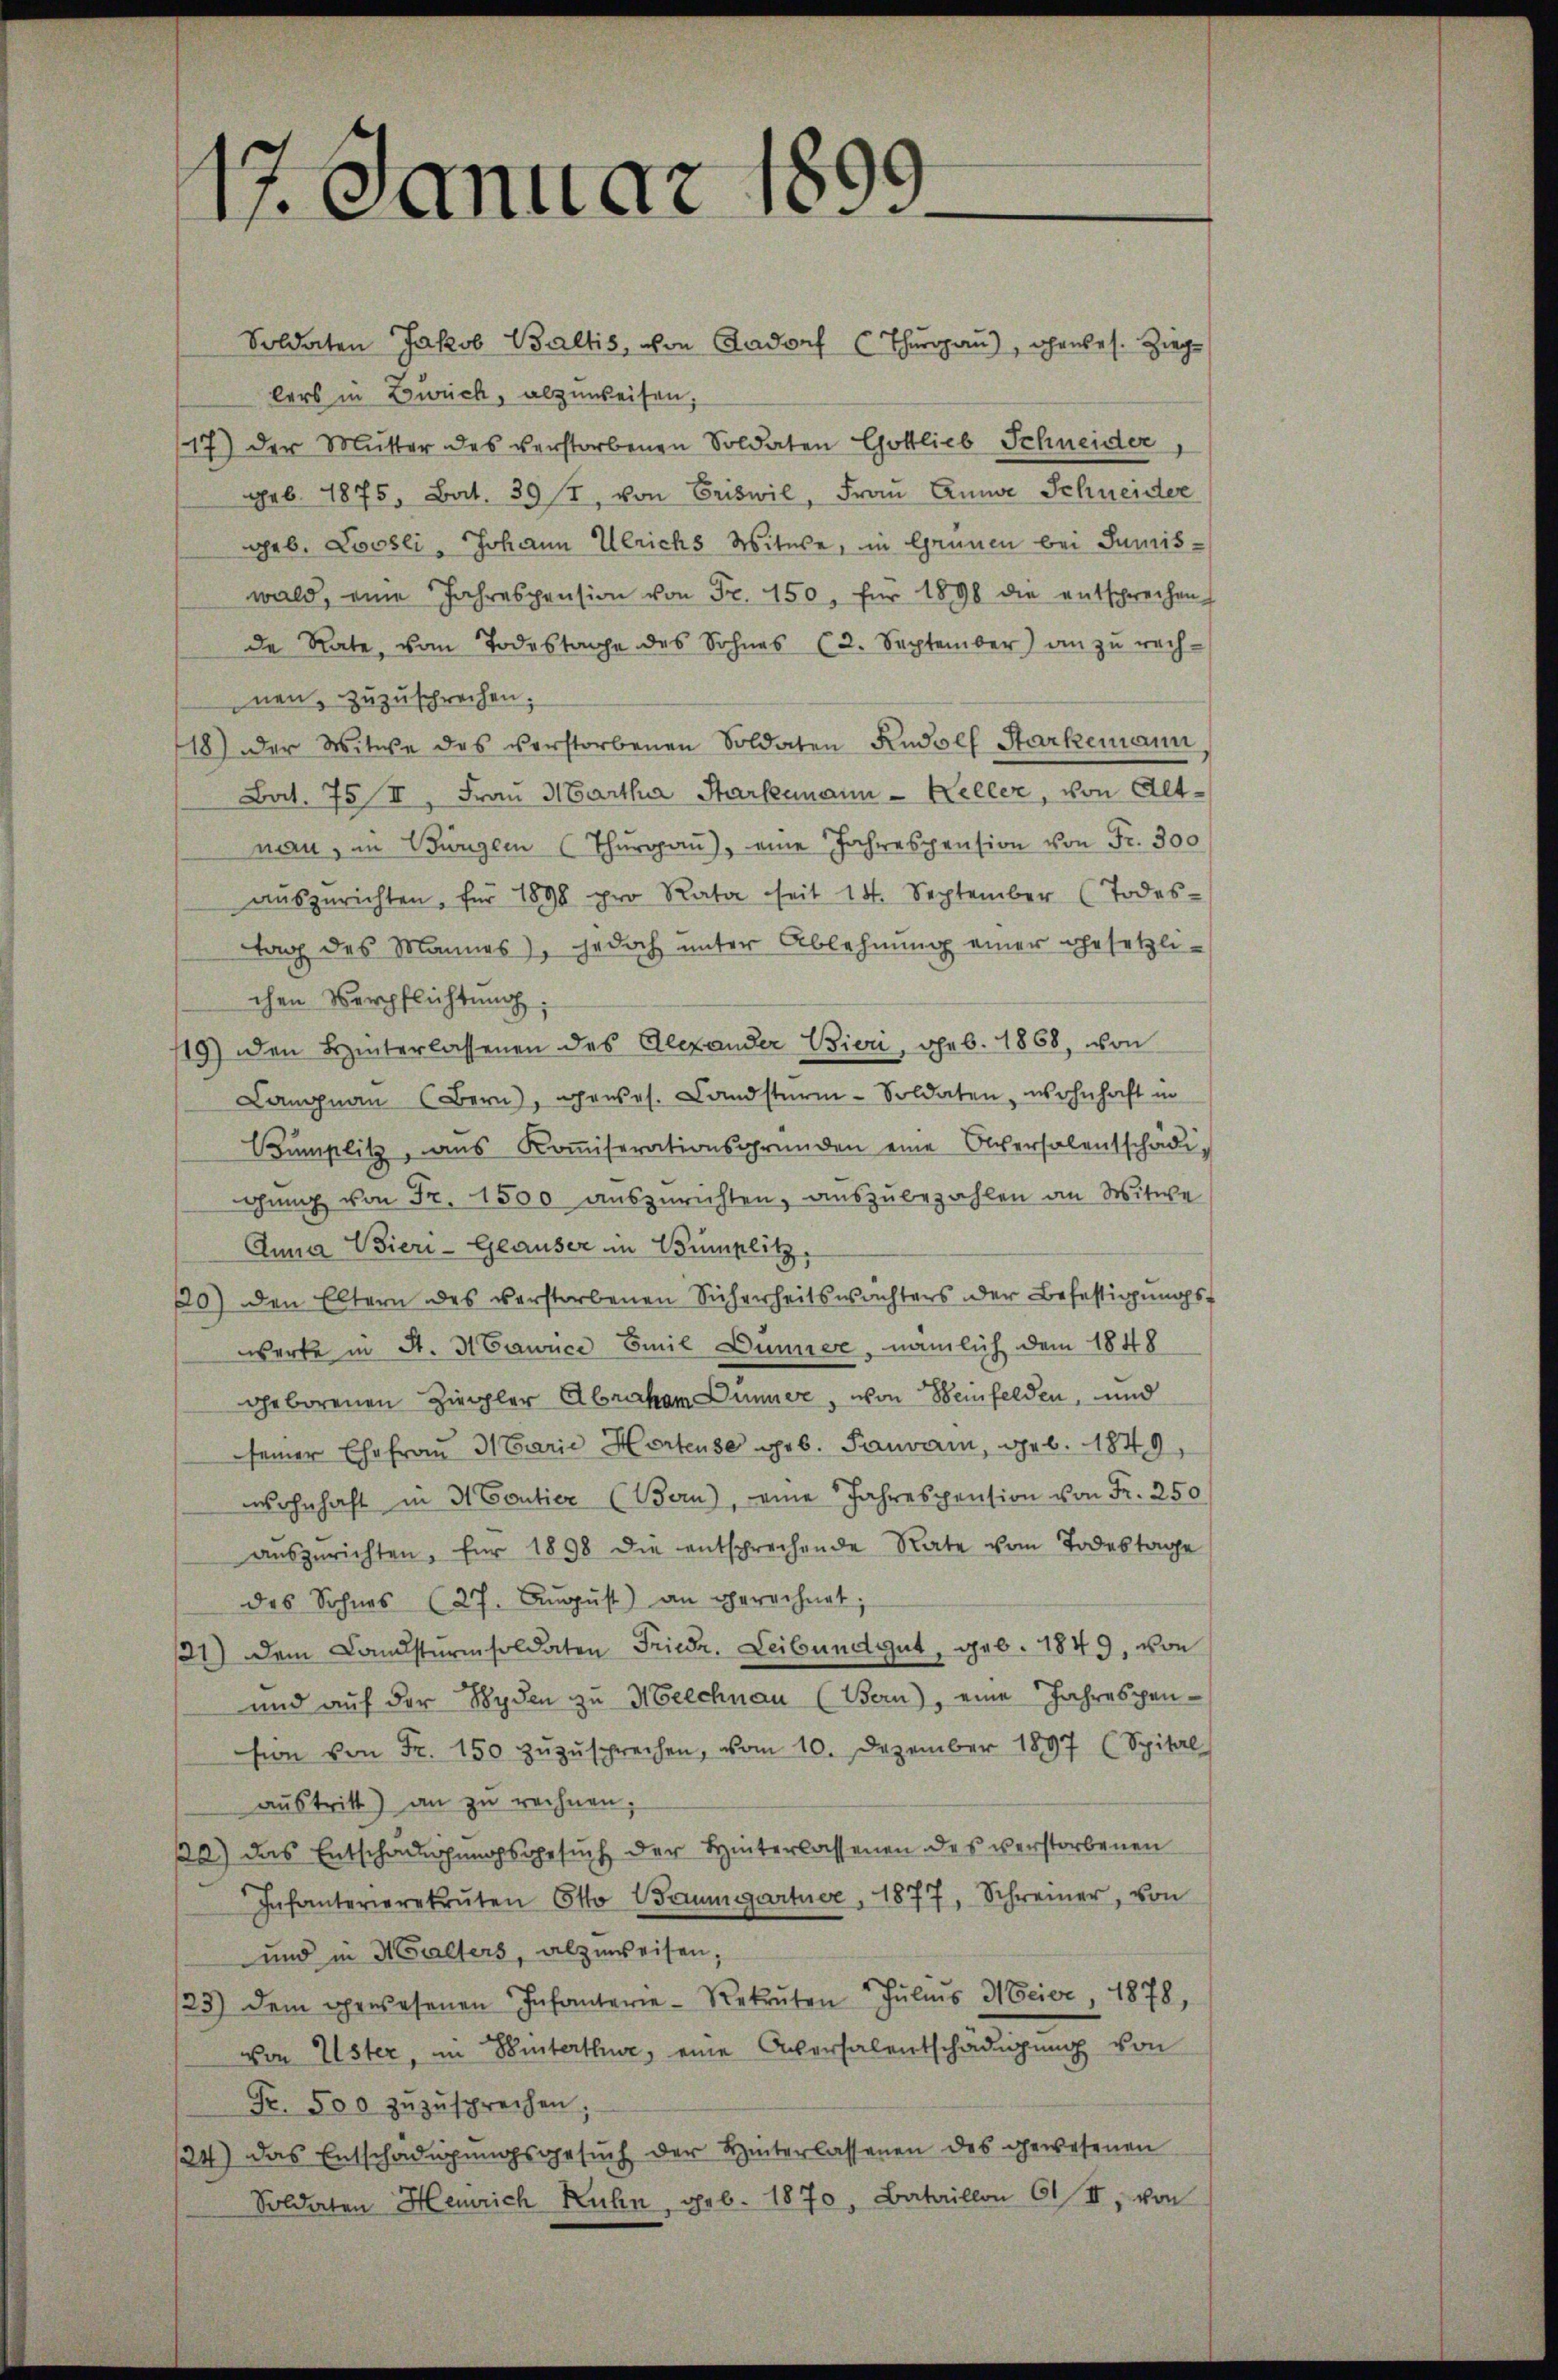
1. Januar 1899

Soldaten Jakob Baltis, von Aadorf (Thurgau), ohnbes. Zieglers in Zweck, abzuweisen.
17) der Mutter des verstorbenen Soldaten Gottlieb Schneider
geb. 1875, Bat. 392, von Briswil, Frau Anna Schneider
geb. Loosli, Johann Ulrichs Witwe, in Grünen bei Juniswald, eine Jahrespension von Fr. 150, für 1898 die entsprechen
de Rate, vom Todestage des Sohnes (2. September) an zu rech-
nen, zuzusprechen.
18) der Witwe des verstorbenen Soldaten Rudolf Starkemann,
Bat. 75 II, Frau Martha Starkemann Keller, von Altnau, in Bürgern (Thŭrgaŭ) eine Jahrespension von Fr. 300
aŭsgerichten, für 1898 pro Rata seit 14. September (Todes-
ttag des Mannes), jedoch unter Ablehnung einer gesetzlichen Verpflichtung:
119) den Hinterlassenen des Alexander Bieri, geb. 1868, von
Langnau (Bern, genes. Landsturm-Soldaten, wohnhaft in
Cumplitz, ans Koṁiserationsgründen eine Obersalentschädi-
gung von Fr. 1500 auszurichten, auszubezahlen an Witwe
Anna Vier-Geauser in Bumplitz
10) den Eltern des verstorbenen Sicherheitswächters der Befestigungswerke in St. H Cawice Emil Dunner, nämlich dem 1848
geborenen Ziegler Abraham Dünner, von Weinfelden, und
seiner Ehefrau Marie Horteuse geb. Pauvain, geb. 1849
wohnhaft in 3 Pontier (Bern), eine Jahrespension von Fr. 250
aŭszŭrichten, für 1898 die entsprechende Rate vom Todestage
des Sohnes (27. Aŭgŭst an gerechnet:
21) Dem Landsturmsoldaten Friedr. Leibundgut, geb. 1849, von
und auf der Wyden zu Melchnau (Bern), eine Jahrespension von Fr. 150 zŭzŭsprechen, vom 10. Dezember 1897 (Spital
aŭstritt) an zu rechnen;
2) das Entschauungsgesuch der Hinterlassenen des verstorbenen
Infanterierekruten Otto Wrugartner, 1877, Schreiner, von
und in Malters, abzuweisen
23) dem gewesenen Infanterie-Rekruten Julius Meier, 1878,
von Uster, in Winterthur, eine Aversalentschädigung von
Fr. 500 zŭzŭsprechen;
124) das Entschädigŭngsgesŭch der Hinterlassenen des gewesenen
Soldaten Heinrich Ruhn, geb. 1870, Bataillon 61 II, von